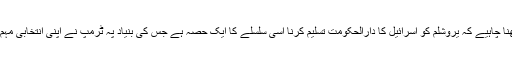
ہمیں یاد رکھنا چاہیے کہ یروشلم کو اسرائیل کا دارالحکومت تسلیم کرنا اسی سلسلے کا ایک حصہ ہے جس کی بنیاد پہ ٹرمپ نے اپنی انتخابی مہم چلائی تھی۔